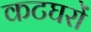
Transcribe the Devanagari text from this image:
कटघरों